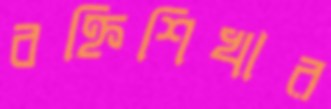
বহ্নিশিখার